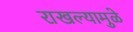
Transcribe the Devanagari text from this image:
राखल्यामुळे